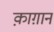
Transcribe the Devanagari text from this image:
क़ाग़ान